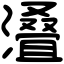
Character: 𣿫